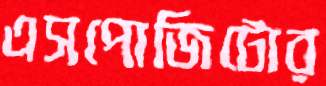
এসপোজিটোর